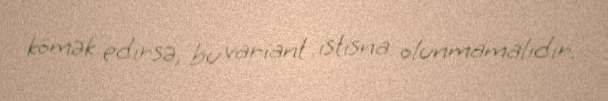
kömək edirsə, bu variant istisna olunmamalıdır.